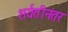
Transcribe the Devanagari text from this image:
शर्यतीनंतर